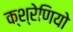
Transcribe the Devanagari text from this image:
क्श्रेणियो